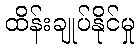
ထိန်းချုပ်နိုင်မှု